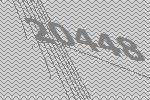
20448